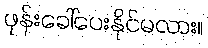
ဖုန်းခေါ်ပေးနိုင်မလား။